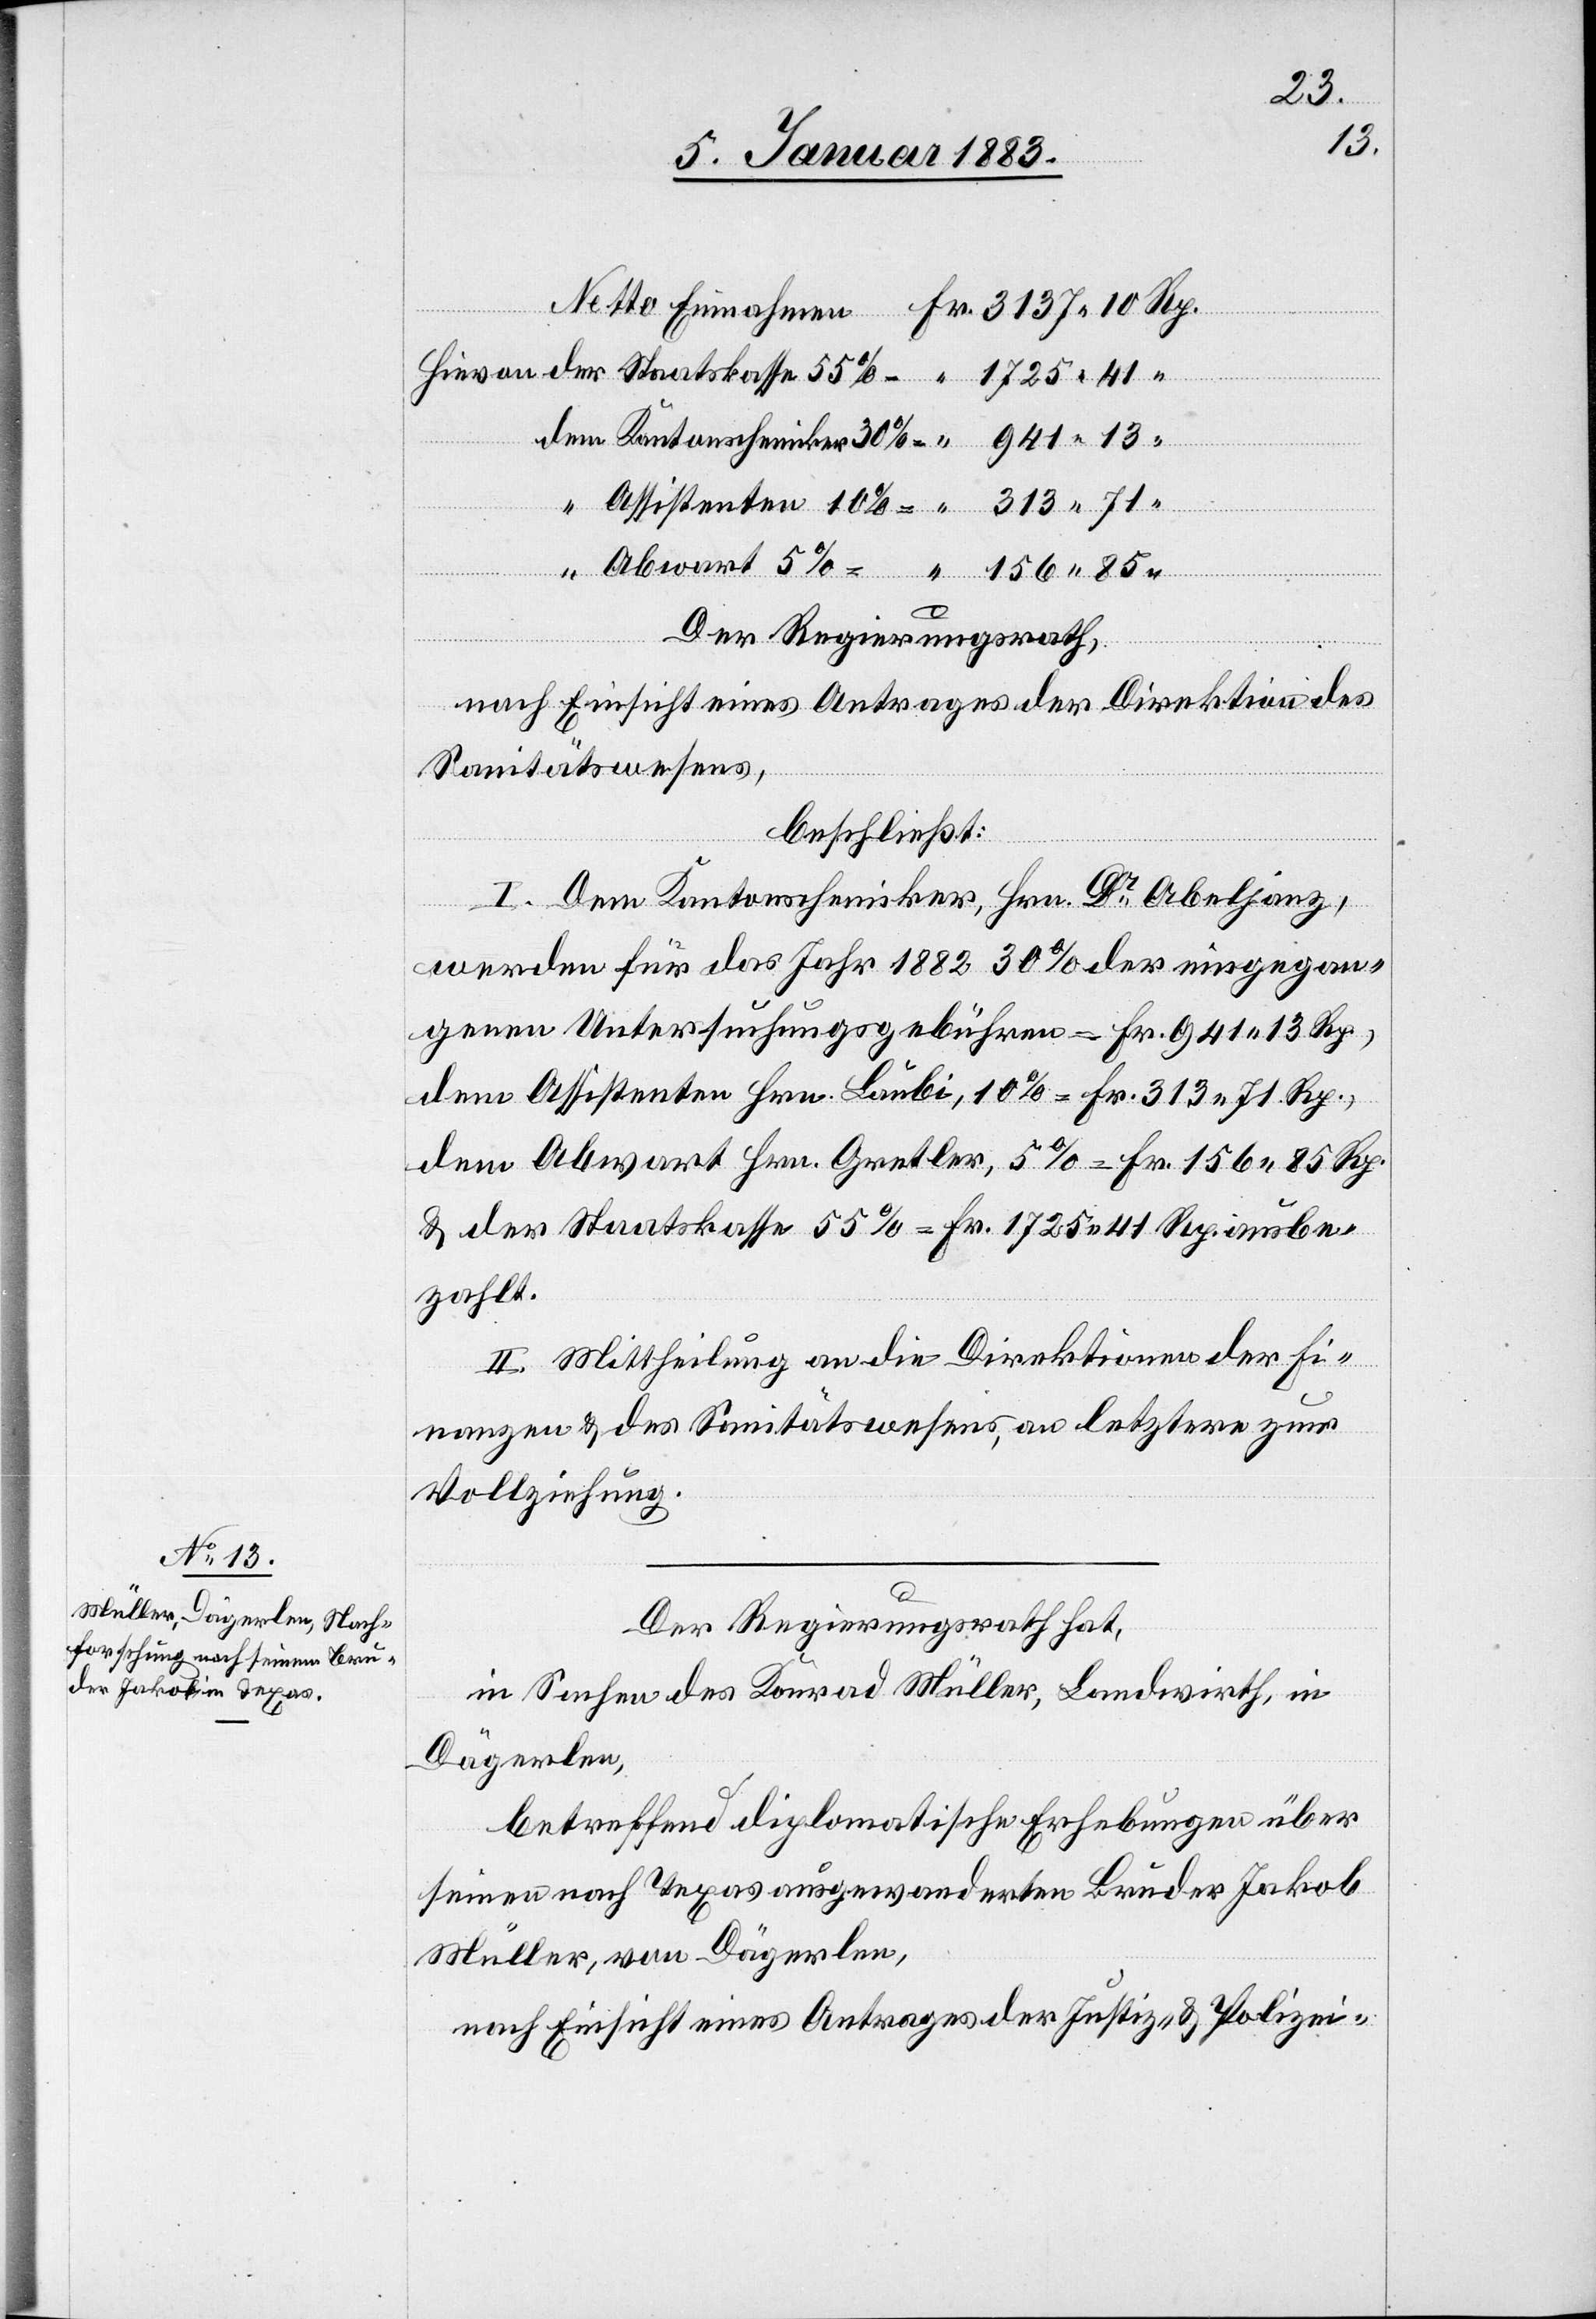
Rp.
313
Der Regierungsrath,
nach Einsicht eines Antrages der Direktion des
Sanitätswesens,
beschließt:
I. Dem Kantonschemiker, Hrn. Dr Abeljanz,
werden für das Jahr 1882 30% der eingegan¬
genen Untersuchungsgebühren = Fr. 941 13 Rp.,
dem Assistenten Hrn. Läubli, 10% = Fr. 313 71 Rp.,
dem Abwart Hrn. Gretler, 5% = Fr. 156 85 Rp.
& der Staatskasse 55% = Fr. 1725 41 Rp ausbe¬
zahlt.
II. Mittheilung an die Direktionen der Fi¬
nanzen & des Sanitätswesens, an Letztere zur
Vollziehung.
85
Der Regierungsrath hat,
in Sachen des Konrad Müller, Landwirth, in
Dägerlen,
betreffend diplomatische Erhebungen über
seinen nach Texas ausgewanderten Bruder Jakob
Müller, von Dägerlen,
nach Einsicht eines Antrages der Justiz- & Polizei-